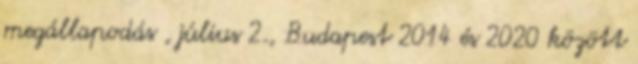
megállapodás , július 2., Budapest 2014 és 2020 között